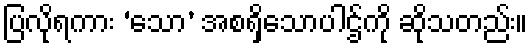
ပြလိုရကား ‘သော’ အစရှိသောပါဌ်ကို ဆိုသတည်း။